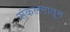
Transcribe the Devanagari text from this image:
संकलनातून